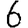
Digit: 6